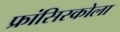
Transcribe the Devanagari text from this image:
फ्रांसिस्कोला